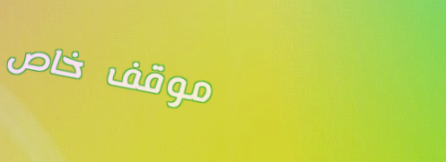
موقف خاص